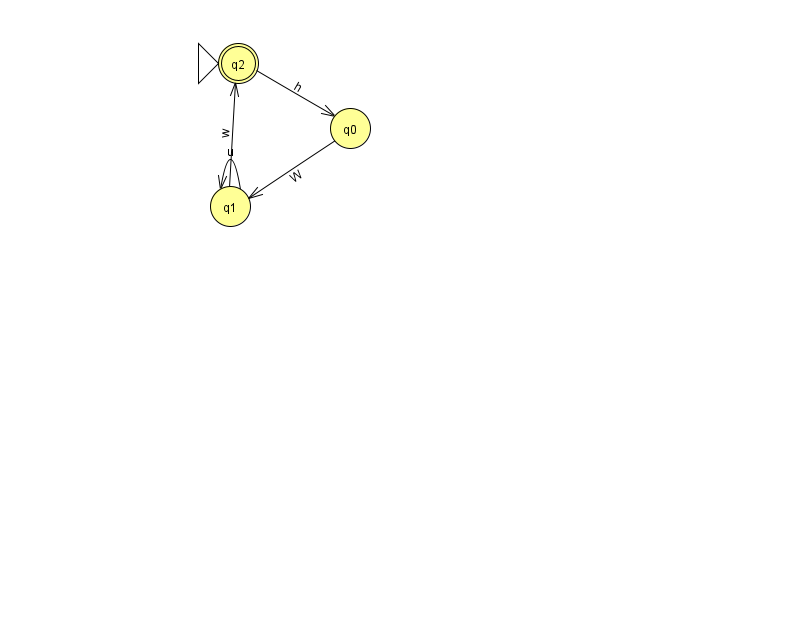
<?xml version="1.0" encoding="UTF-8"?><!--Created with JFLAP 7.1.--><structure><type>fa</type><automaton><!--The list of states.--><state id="0" name="q0"><x>350.0</x><y>115.0</y></state><state id="1" name="q1"><x>230.0</x><y>193.0</y></state><state id="2" name="q2"><x>238.0</x><y>50.0</y><initial/><final/></state><!--The list of transitions.--><transition><from>0</from><to>1</to><read>W</read></transition><transition><from>1</from><to>1</to><read>u</read></transition><transition><from>2</from><to>0</to><read>h</read></transition><transition><from>1</from><to>2</to><read>w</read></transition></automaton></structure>